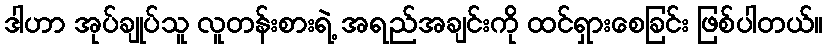
ဒါဟာ အုပ်ချုပ်သူ လူတန်းစားရဲ့ အရည်အချင်းကို ထင်ရှားစေခြင်း ဖြစ်ပါတယ်။